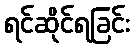
ရင်ဆိုင်ရခြင်း